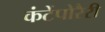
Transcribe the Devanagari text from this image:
कंटेंपोरैरी